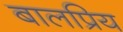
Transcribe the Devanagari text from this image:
बालप्रिय